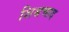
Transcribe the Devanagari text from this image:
शिश्नच्छद